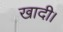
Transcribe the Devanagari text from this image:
खादी।